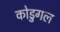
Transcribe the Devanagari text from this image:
कोडुगल